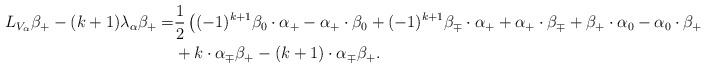
LaTeX: \begin{align*}L_{V_{\alpha}} \beta_+ - (k+1) \lambda_{\alpha} \beta_+ =& \frac{1}{2} \left((-1)^{k+1}\beta_0 \cdot \alpha_+ - \alpha_+ \cdot \beta_0 +(-1)^{k+1} \beta_{\mp} \cdot \alpha_+ + \alpha_+ \cdot \beta_{\mp} + \beta_+ \cdot \alpha_0 - \alpha_0 \cdot \beta_+ \right) \\&+ k \cdot \alpha_{\mp} \beta_+ -(k+1) \cdot \alpha_{\mp} \beta_+.\end{align*}